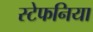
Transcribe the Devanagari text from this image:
स्टेफनिया